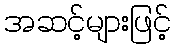
အဆင့်များဖြင့်